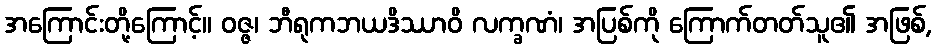
အကြောင်းတို့ကြောင့်။ ဝဇ္ဇ၊ ဘီရုကဘယဒိဿာဝိ လက္ခဏံ၊ အပြစ်ကို ကြောက်တတ်သူ၏ အဖြစ်,